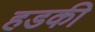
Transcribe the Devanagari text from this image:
हडकी